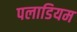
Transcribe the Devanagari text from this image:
पलाडियम